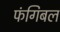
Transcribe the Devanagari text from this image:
फंगिबल